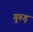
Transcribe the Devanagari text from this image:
गुरुड़